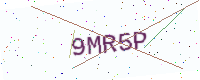
Text: 9MR5P